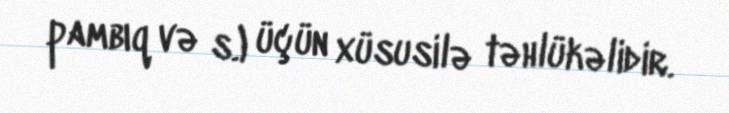
pambıq və s.) üçün xüsusilə təhlükəlidir.